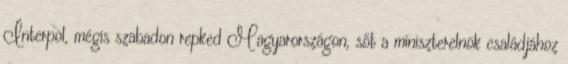
Interpol, mégis szabadon repked Magyarországon, sőt a miniszterelnök családjához